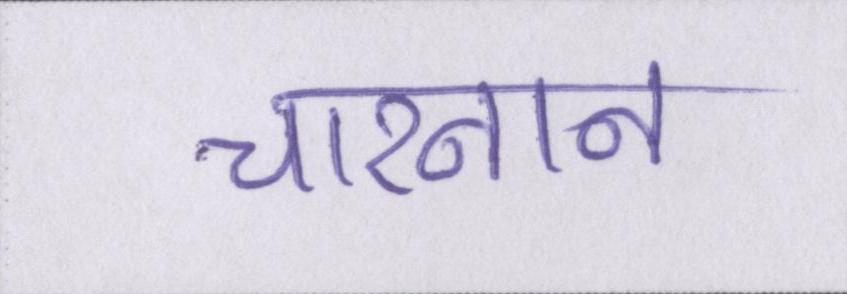
चारनान